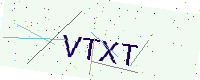
Text: VTXT